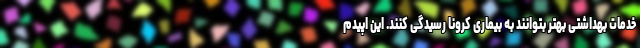
خدمات بهداشتی بهتر بتوانند به بیماری کرونا رسیدگی کنند. این اپیدم